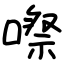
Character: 㗫